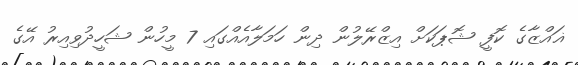
ޣައްޒާގެ ކޮފީ ޝޮޕަކަށް އިޒްރޭލުން ދިން ހަމަލާއެއްގައި 7 މީހުން ޝަހީދުވިއިރު އޭގެ